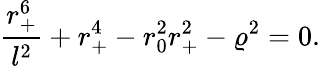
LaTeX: {\frac{r_{+}^{6}}{l^{2}}}+r_{+}^{4}-r_{0}^{2}r_{+}^{2}-\varrho^{2}=0.